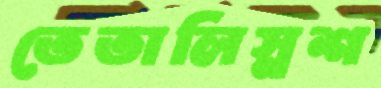
তেতালিস্নশ